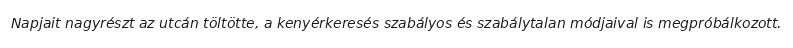
Napjait nagyrészt az utcán töltötte, a kenyérkeresés szabályos és szabálytalan módjaival is megpróbálkozott.